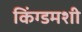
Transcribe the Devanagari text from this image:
किंग्डमशी